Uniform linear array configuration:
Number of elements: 32
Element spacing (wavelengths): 0.75
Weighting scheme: blackman
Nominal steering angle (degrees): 45
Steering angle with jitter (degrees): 43.199
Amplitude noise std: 0.05
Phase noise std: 0.05

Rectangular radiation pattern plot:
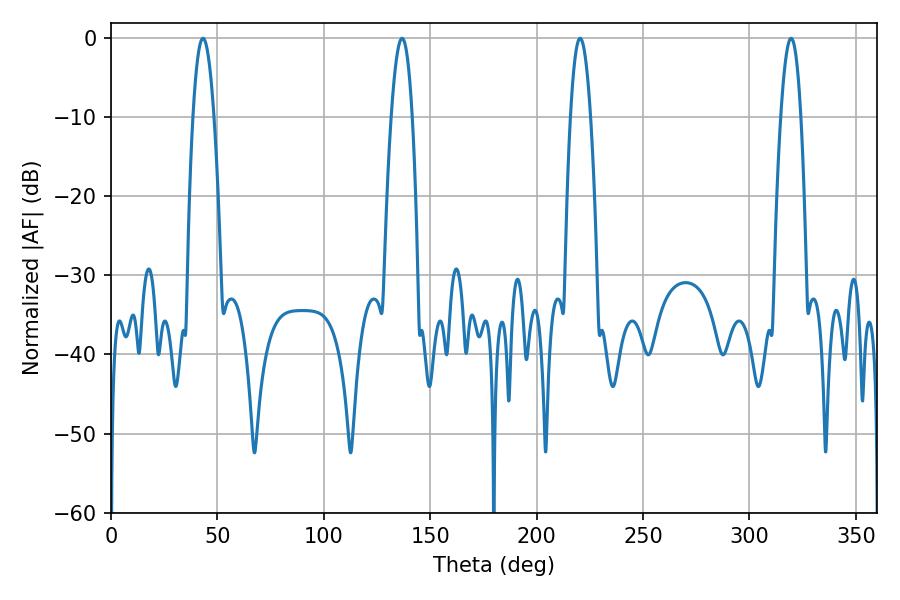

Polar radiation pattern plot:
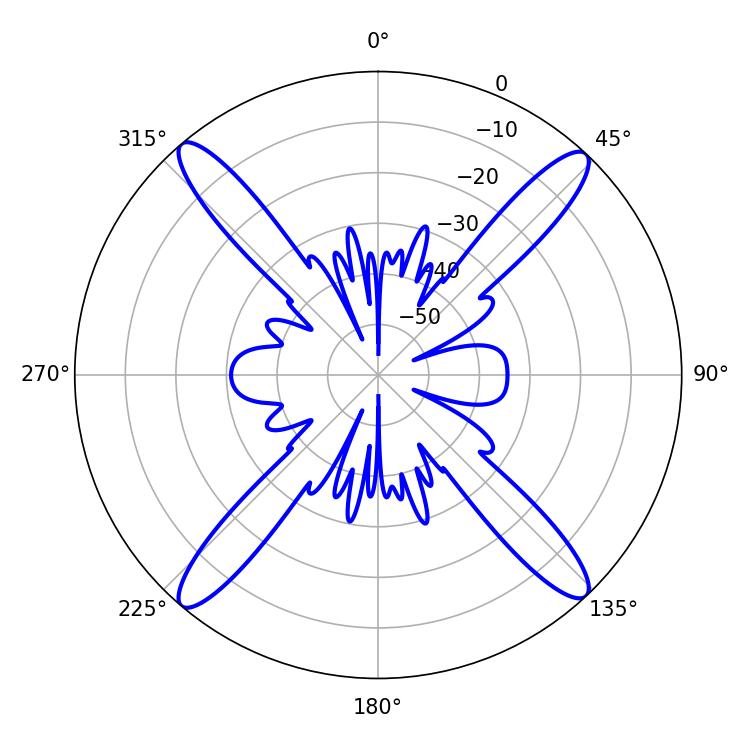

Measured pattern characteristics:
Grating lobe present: TRUE
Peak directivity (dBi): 21.82
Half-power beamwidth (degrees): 5.4
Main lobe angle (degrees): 43.2